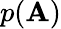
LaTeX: p(\mathbf{A})